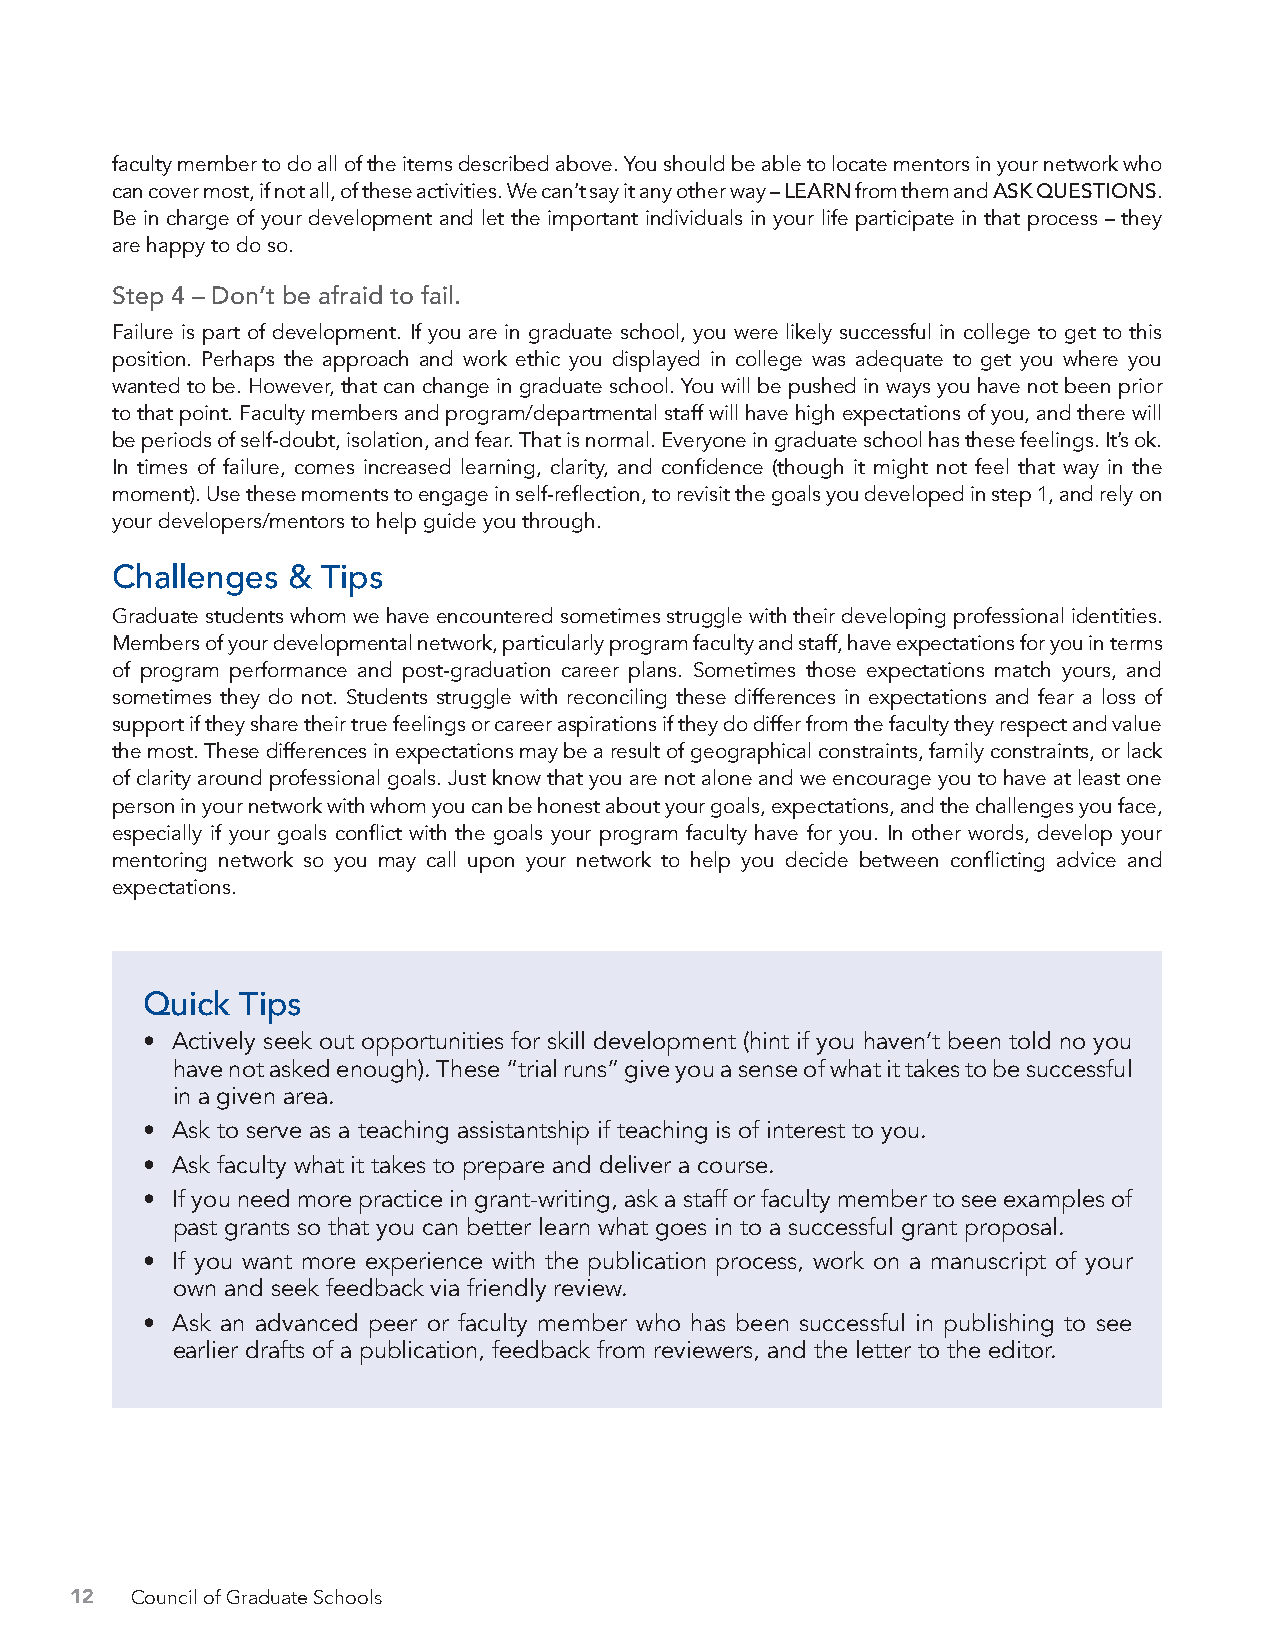
faculty member to do all of the items described above. You should be able to locate mentors in your network who
 can cover most, if not all, of these activities. We can’t say it any other way – LEARN from them and ASK QUESTIONS.
 Be in charge of your development and let the important individuals in your life participate in that process – they
 are happy to do so.
 Step 4 – Don’t be afraid to fail.
 Failure is part of development. If you are in graduate school, you were likely successful in college to get to this
 position. Perhaps the approach and work ethic you displayed in college was adequate to get you where you
 wanted to be. However, that can change in graduate school. You will be pushed in ways you have not been prior
 to that point. Faculty members and program/departmental staff will have high expectations of you, and there will
 be periods of self-doubt, isolation, and fear. That is normal. Everyone in graduate school has these feelings. It’s ok.
 In times of failure, comes increased learning, clarity, and confidence (though it might not feel that way in the
 moment). Use these moments to engage in self-reflection, to revisit the goals you developed in step 1, and rely on
 your developers/mentors to help guide you through.
 Challenges  & Tips
 Graduate students whom we have encountered sometimes struggle with their developing professional identities.
 Members of your developmental network, particularly program faculty and staff, have expectations for you in terms
 of program performance and post-graduation career plans. Sometimes those expectations match yours, and
 sometimes they do not. Students struggle with reconciling these differences in expectations and fear a loss of
 support if they share their true feelings or career aspirations if they do differ from the faculty they respect and value
 the most. These differences in expectations may be a result of geographical constraints, family constraints, or lack
 of clarity around professional goals. Just know that you are not alone and we encourage you to have at least one
 person in your network with whom you can be honest about your goals, expectations, and the challenges you face,
 especially if your goals conflict with the goals your program faculty have for you. In other words, develop your
 mentoring network so you may call upon your network to help you decide between conflicting advice and
 expectations.
 Quick  Tips
 • Actively seek out opportunities for skill development (hint if you haven’t been told no you
 have not asked enough). These “trial runs” give you a sense of what it takes to be successful
 in a given area.
 • Ask to serve as a teaching assistantship if teaching is of interest to you.
 • Ask faculty what it takes to prepare and deliver a course.
 • If you need more practice in grant-writing, ask a staff or faculty member to see examples of
 past grants so that you can better learn what goes in to a successful grant proposal.
 • If you want more experience with the publication process, work on a manuscript of your
 own and seek feedback via friendly review.
 • Ask an advanced peer or faculty member who has been successful in publishing to see
 earlier drafts of a publication, feedback from reviewers, and the letter to the editor.
 12  Council of Graduate Schools